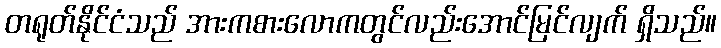
တရုတ်နိုင်ငံသည် အားကစားလောကတွင်လည်းအောင်မြင်လျက် ရှိသည်။